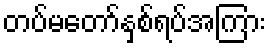
တပ်မတော်နှစ်ရပ်အကြား